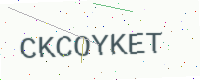
Text: CKCOYKET